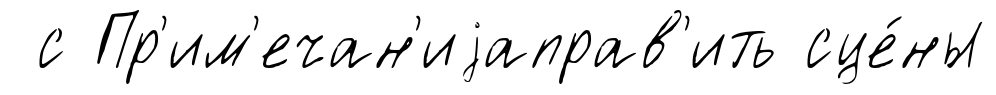
с Пр'им'ечан'иjаправ'ить сце́ны